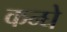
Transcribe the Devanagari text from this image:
कन्घे